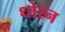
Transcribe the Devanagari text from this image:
धोरन